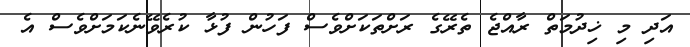
އަދި މި ޚިދުމަތް ރާއްޖެ ތެރޭގެ ރަށްތަކަށްވެސް ފަހުން ފުޅާ ކުރެވޭނެކަމަށްވެސް އެ